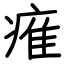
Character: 痽